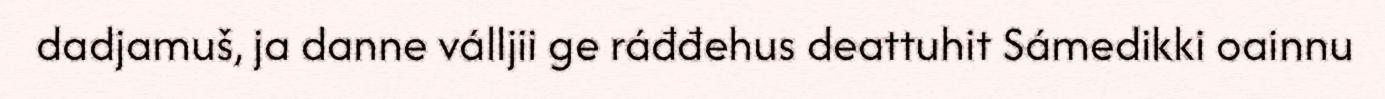
dadjamuš, ja danne válljii ge ráđđehus deattuhit Sámedikki oainnu